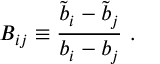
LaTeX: B _ { i j } \equiv { \frac { \tilde { b } _ { i } - \tilde { b } _ { j } } { b _ { i } - b _ { j } } } \, \, .